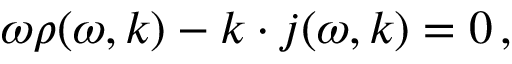
\omega \rho ( \omega , \boldsymbol { k } ) - \boldsymbol { k } \cdot \boldsymbol { j } ( \omega , \boldsymbol { k } ) = 0 \, ,